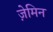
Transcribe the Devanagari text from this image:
ज़ेमिन